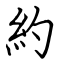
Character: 約